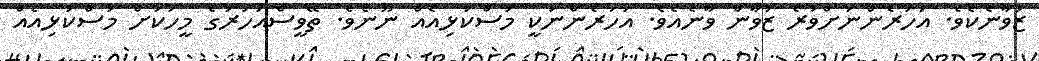
ޒުވާނެކެވެ. އަހަރެންނަށްވުރެ ޒުވާން ވާނެއެވެ. އަހަރެންނަކީ މުސްކުޅިއެއް ނޫނެވެ. ތޭވީސްއަހަރުގެ މީހަކަށް މުސްކުޅިއެއް